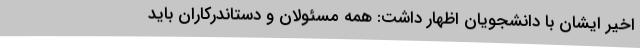
اخیر ایشان با دانشجویان اظهار داشت: همه مسئولان و دستاندرکاران باید